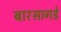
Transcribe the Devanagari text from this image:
बारसागडे